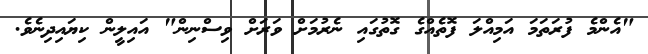
"އެންމެ ފުރަތަމަ އަމިއްލަ ފޮތެއްގެ ގޮތުގައި ނެރުމަށް ވަރަށް ވިސްނިން" އައިލީން ކިޔައިދިނެވެ.